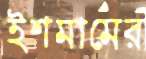
ইশমামের